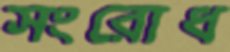
সংরোধ